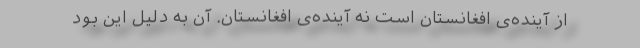
از آینده‌ی افغانستان است نه آینده‌ی افغانستان. آن به دلیل این بود